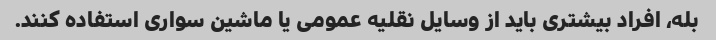
بله، افراد بیشتری باید از وسایل نقلیه عمومی یا ماشین سواری استفاده کنند.